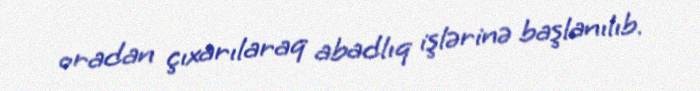
oradan çıxarılaraq abadlıq işlərinə başlanılıb.